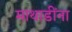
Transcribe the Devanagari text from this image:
माथाडींना